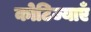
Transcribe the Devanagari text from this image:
कोटिज्याएँ